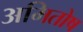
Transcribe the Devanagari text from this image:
अमितोष